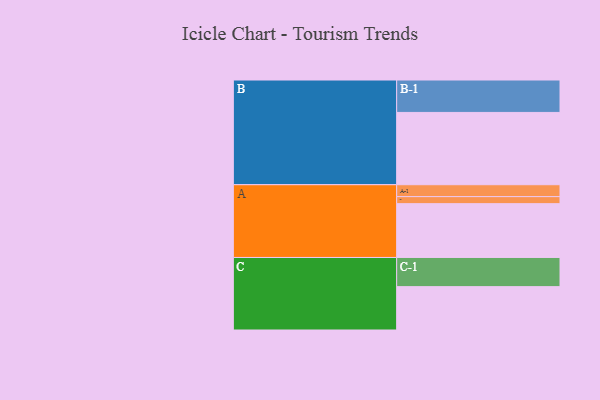
{"axis": {"x": "Segment", "y": "Value"}, "legend": ["", "A", "B", "C"], "data": [{"x": "A", "y": 443, "type": ""}, {"x": "B", "y": 595, "type": ""}, {"x": "C", "y": 357, "type": ""}, {"x": "A-1", "y": 98, "type": "A"}, {"x": "A-2", "y": 58, "type": "A"}, {"x": "B-1", "y": 267, "type": "B"}, {"x": "C-1", "y": 240, "type": "C"}]}